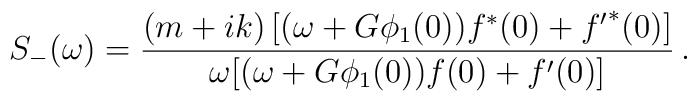
S_-(\omega) = \frac{(m+ik)\left[(\omega + G\phi_1(0))f^\ast(0) + {f^\prime}^\ast(0)\right]}{\omega\bigl[(\omega + G\phi_1(0))f(0) + {f^\prime}(0)\bigr]}\, .